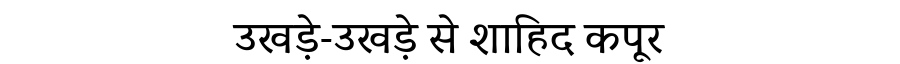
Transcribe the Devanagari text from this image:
उखड़े-उखड़े से शाहिद कपूर